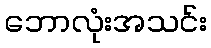
ဘောလုံးအသင်း